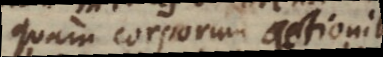
quam corporum actionibus